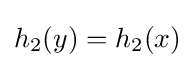
h_{2}(y)=h_{2}(x)